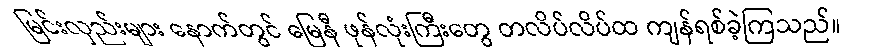
မြင်းလှည်းများ နောက်တွင် မြေနီ ဖုန်လုံးကြီးတွေ တလိပ်လိပ်ထ ကျန်ရစ်ခဲ့ကြသည်။